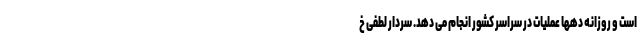
است و روزانه دهها عملیات در سراسر کشور انجام می دهد. سردار لطفی خ